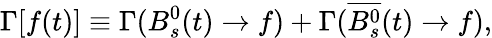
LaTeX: \Gamma[f(t)]\equiv\Gamma(B_{s}^{0}(t)\to f)+\Gamma(\overline{{{B_{s}^{0}}}}(t)\to f),